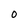
Character: O